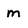
Character: m